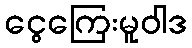
ငွေကြေးမူဝါဒ